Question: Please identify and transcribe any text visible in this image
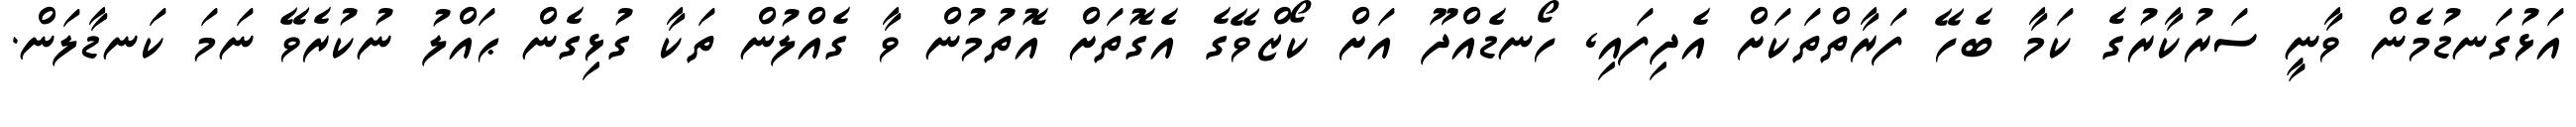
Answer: އަޅުގަނޑުމެން ވާނީ ސަރުކާރުގެ ކަމާ ބެހޭ ފަރާތްތަކަށް އެދިފައި, ހޯނޑެއްދޫ އަށް ކޯޒްވޭގެ އެގޮތަށް އޮތުމުން ވާ ގެއްލުން ތަކާ ގުޅިގެން ޙައްލު ނުކުރެވޭ ނަމަ ކަނޑާލަން.